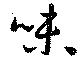
味